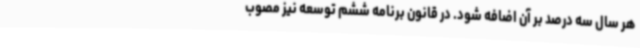
هر سال سه درصد بر آن اضافه شود. در قانون برنامه ششم توسعه نیز مصوب